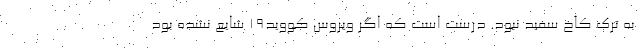
به ترک کاخ سفید نبود. درست است که اگر ویروس کووید19 شایع نشده بود